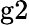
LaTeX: \textrm{g2}